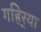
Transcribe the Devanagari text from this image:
गहिर्‍या